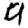
Digit: 9